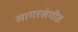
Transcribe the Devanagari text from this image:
सागरसंगीत